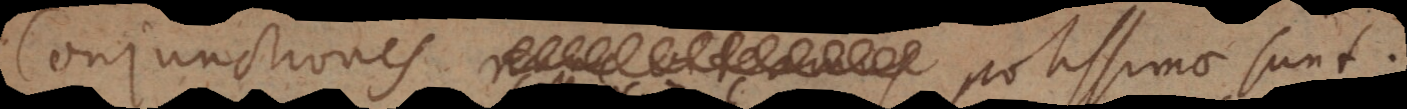
Conjunctiones potissimae sunt: